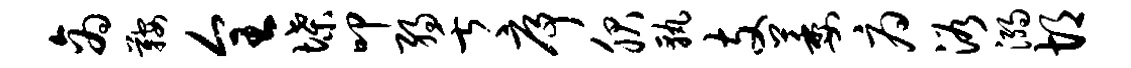
商鞍全堞叩弱舌序服孰支萎府浴溺胡